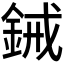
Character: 𫒞